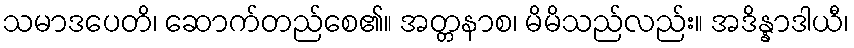
သမာဒပေတိ၊ ဆောက်တည်စေ၏။ အတ္တနာစ၊ မိမိသည်လည်း။ အဒိန္နာဒါယီ၊